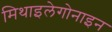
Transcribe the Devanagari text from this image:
मिथाइलेगोनाइन